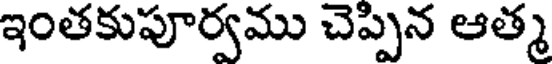
ఇంతకుపూర్వము చెప్పిన ఆత్మ